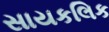
સાયકલિક